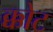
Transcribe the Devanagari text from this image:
क्कोट